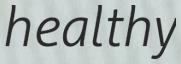
healthy